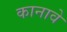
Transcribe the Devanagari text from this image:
कानावे